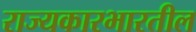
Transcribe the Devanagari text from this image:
राज्यकारभारतील